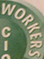
WORKERS